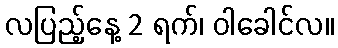
လပြည့်နေ့ 2 ရက်၊ ဝါခေါင်လ။